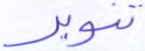
تنوير